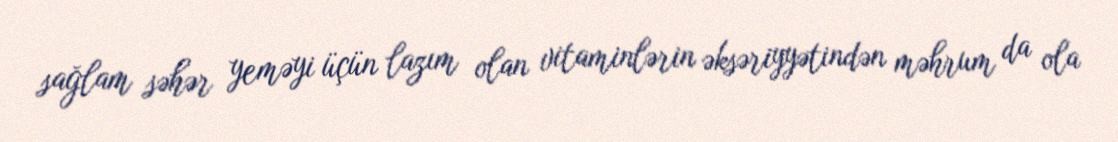
sağlam səhər yeməyi üçün lazım olan vitaminlərin əksəriyyətindən məhrum da ola